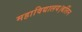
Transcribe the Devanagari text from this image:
महाविद्यालय।बर्लिन